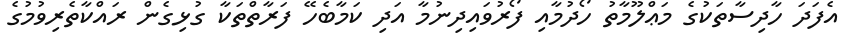
އެފަދަ ހާދިސާތަކުގެ މަޢްލޫމާތު ހޯދުމާއި ފޯރުވައިދިނުމާ އަދި ކަމާބެހޭ ފަރާތްތަކާ ގުޅިގެން ރައްކާތެރިވުމުގެ